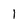
Character: 1